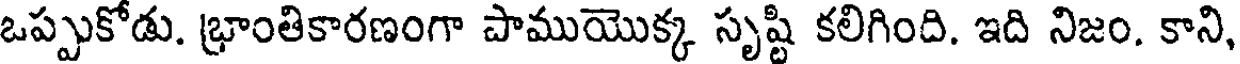
ఒప్పుకోడు. భ్రాంతికారణంగా పాముయొక్క సృష్టి కలిగింది. ఇది నిజం. కాని,